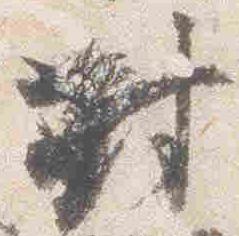
対